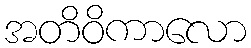
အတိဝိကာလော